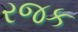
રજક